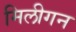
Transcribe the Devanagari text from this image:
मिलीगन